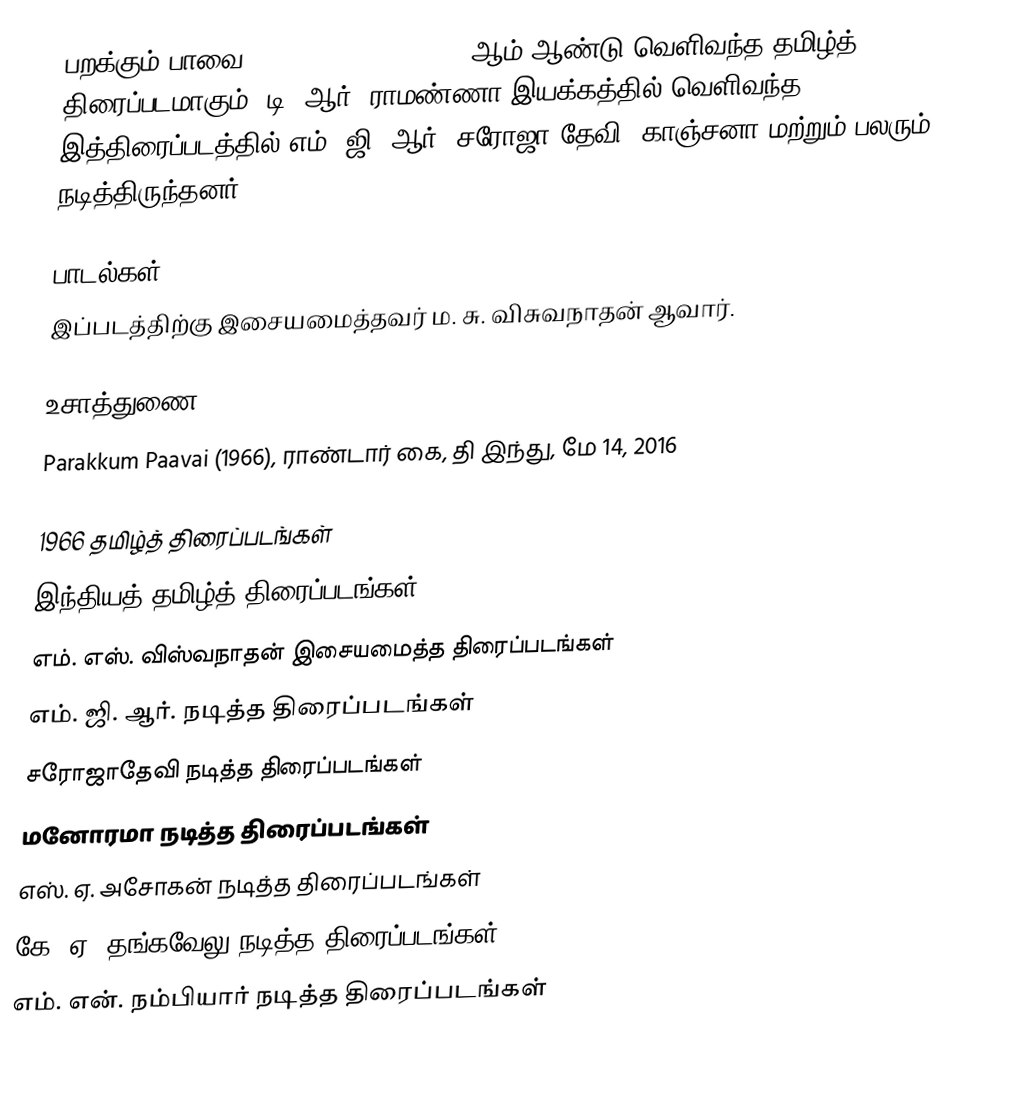
பறக்கும் பாவை (Parakkum Pavai) 1966 ஆம் ஆண்டு வெளிவந்த தமிழ்த் திரைப்படமாகும். டி. ஆர். ராமண்ணா இயக்கத்தில் வெளிவந்த இத்திரைப்படத்தில் எம். ஜி. ஆர், சரோஜா தேவி, காஞ்சனா மற்றும் பலரும் நடித்திருந்தனர்.

பாடல்கள்
இப்படத்திற்கு இசையமைத்தவர் ம. சு. விசுவநாதன் ஆவார்.

உசாத்துணை
Parakkum Paavai (1966), ராண்டார் கை, தி இந்து, மே 14, 2016

1966 தமிழ்த் திரைப்படங்கள்
இந்தியத் தமிழ்த் திரைப்படங்கள்
எம். எஸ். விஸ்வநாதன் இசையமைத்த திரைப்படங்கள்
எம். ஜி. ஆர். நடித்த திரைப்படங்கள்
சரோஜாதேவி நடித்த திரைப்படங்கள்
மனோரமா நடித்த திரைப்படங்கள்
எஸ். ஏ. அசோகன் நடித்த திரைப்படங்கள்
கே. ஏ. தங்கவேலு நடித்த திரைப்படங்கள்
எம். என். நம்பியார் நடித்த திரைப்படங்கள்